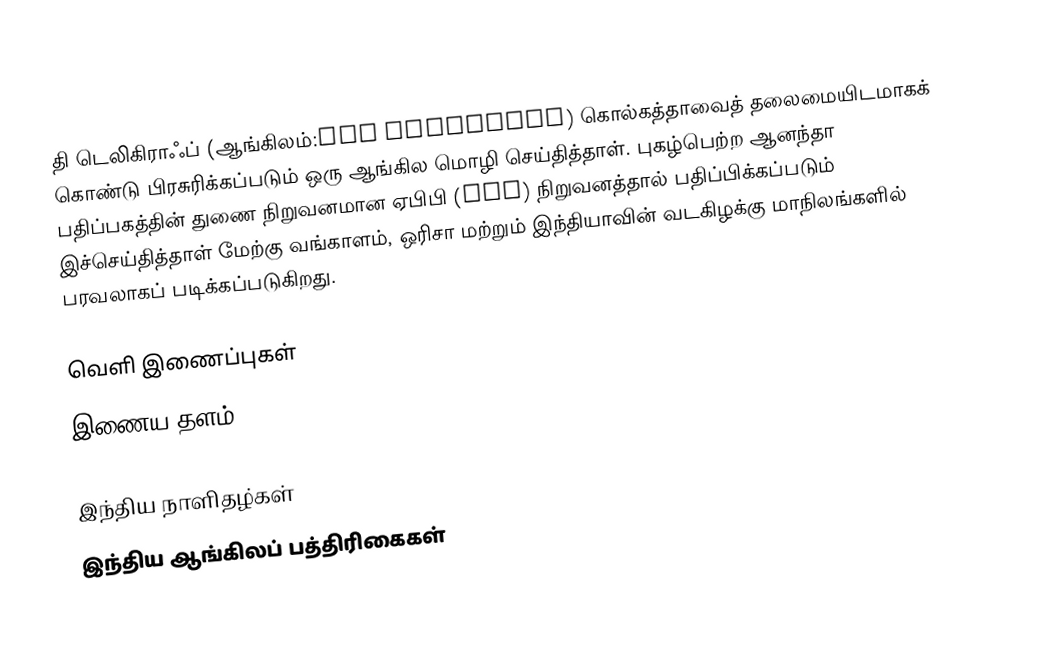
தி டெலிகிராஃப் (ஆங்கிலம்:The Telegraph) கொல்கத்தாவைத் தலைமையிடமாகக் கொண்டு பிரசுரிக்கப்படும் ஒரு ஆங்கில மொழி செய்தித்தாள். புகழ்பெற்ற ஆனந்தா பதிப்பகத்தின் துணை நிறுவனமான ஏபிபி (ABP) நிறுவனத்தால் பதிப்பிக்கப்படும் இச்செய்தித்தாள் மேற்கு வங்காளம், ஒரிசா மற்றும் இந்தியாவின் வடகிழக்கு மாநிலங்களில் பரவலாகப் படிக்கப்படுகிறது.

வெளி இணைப்புகள்
  இணைய தளம்

இந்திய நாளிதழ்கள்
இந்திய ஆங்கிலப் பத்திரிகைகள்